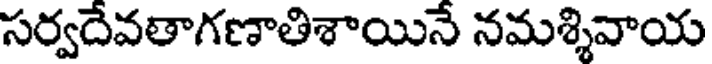
సర్వదేవతాగణాతిశాయినే నమశ్శివాయ